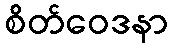
စိတ်ဝေဒနာ